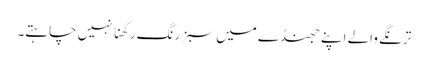
ترنگے والے اپنے جھنڈے میں سبز رنگ رکھنا نہیں چاہتے۔